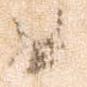
如